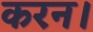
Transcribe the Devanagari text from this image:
करन।